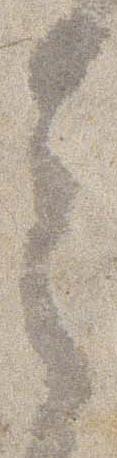
言